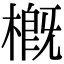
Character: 概